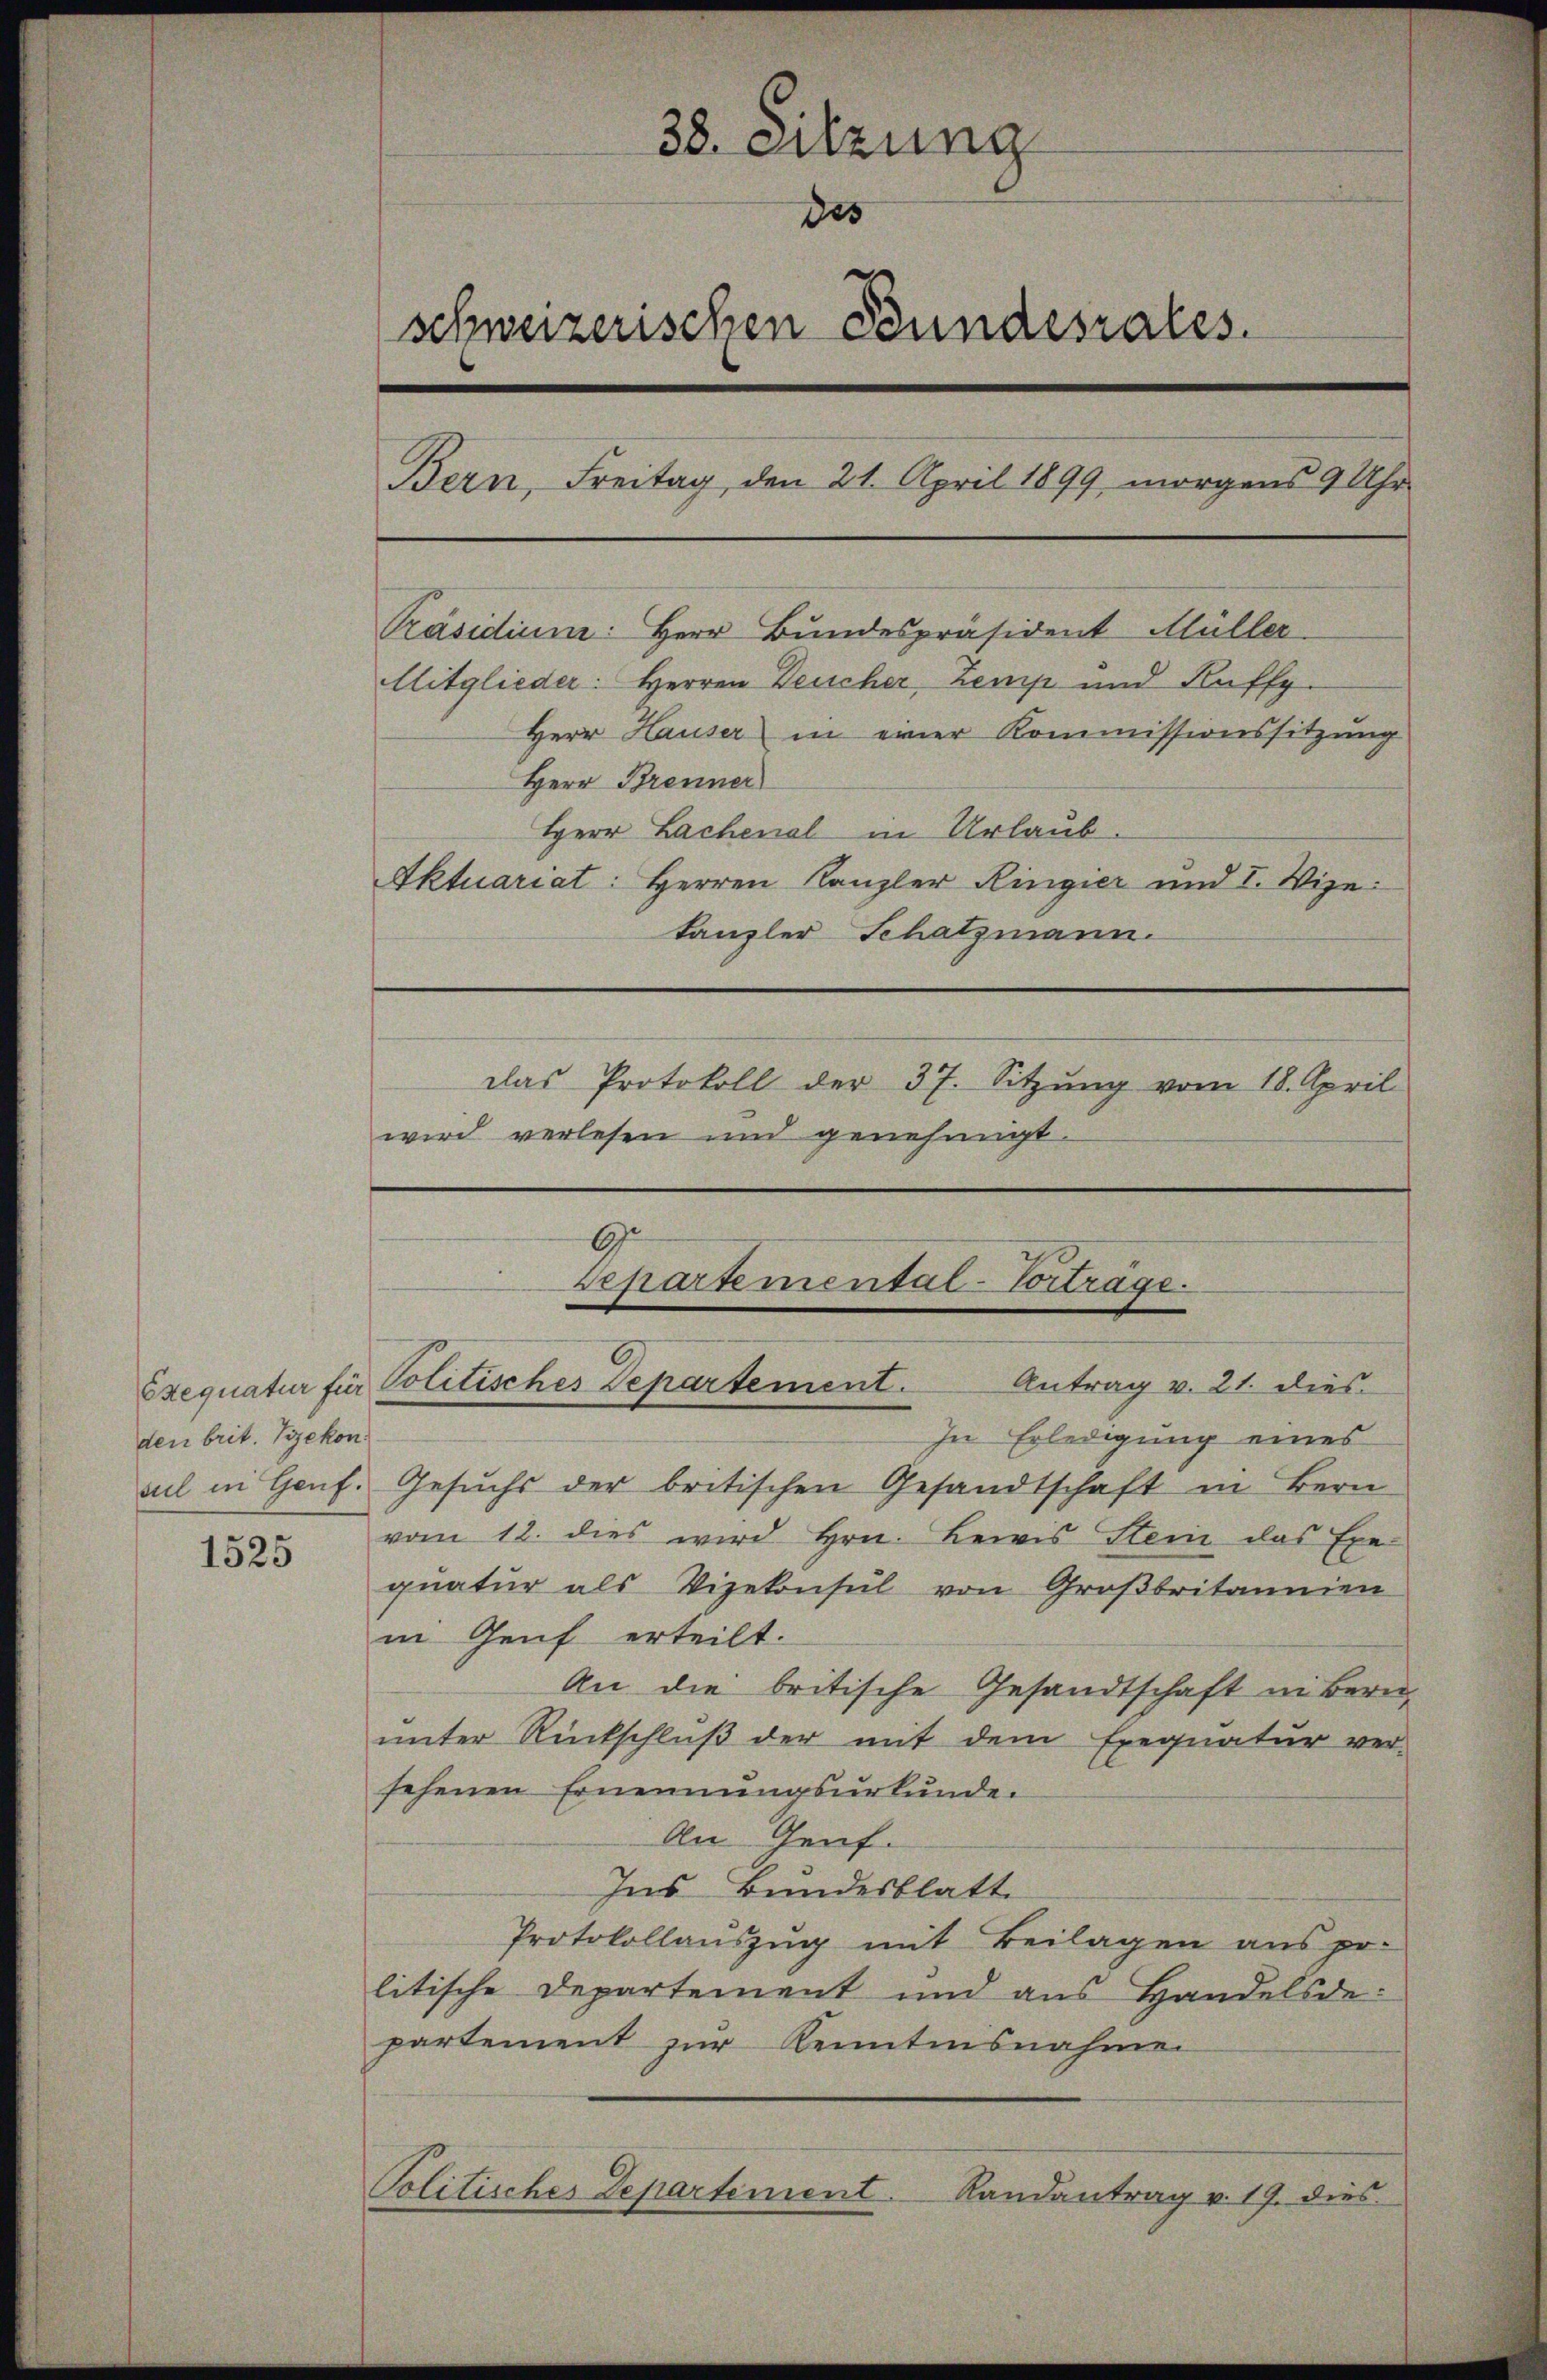
den brit. Vizekon

1525

38. Sitzung
des
schweizerischen Bundesrates.
Bern, Freitag, den 21. April 1899, morgens 9 Uhr
Präsidium: Herr Bundespräsident Müller
Mitglieder: Herren Teucher, Zemp und Kaff
Herr Hauser in einer Kommissionssitzung
Herr Brenner
Herr Lachenal in Urlaub.
Aktuariat: Herren Kanzler Ringier und I. Wize
tanzler Schatzmann.
das Protokoll der 37. Sitzŭng vom 18. April
wird verlesen und genehmigt.

G
Departemental-Vorträge.
Exequatur für Politisches Departement. Antrag v. 21. dies

In Erledigung eines
sul in Genf. Gesuchs der britischen Gesandtschaft in Bern
vom 12. dies wird Hrn. Bewis Stein das Exe-
quatur als Vizekonsul von Großbritannien
in Genf erteilt.
An die britische Gesandtschaft in Bern
unter Rückschluß der mit dem Exequatur ver-
sehenen Ernennungsurkunde.
An Genf.
Ins Bundesblatt
Protokollauszug mit Beilagen aus pr.
litische Departement und aus Handelsdepartement zur Kenntnisnahme
Politisches Departement. Randantrag v. 19. dies